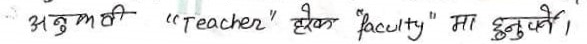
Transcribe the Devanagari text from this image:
अनुभवी "teacher" होइन "faculty" मा हुनुपर्छ।